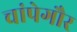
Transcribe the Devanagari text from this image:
चांपेगौर